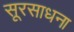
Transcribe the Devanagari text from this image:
सूरसाधना